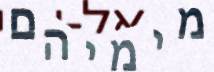
מימיהם